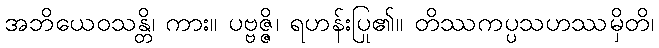
အဘိယေဝသန္တိ၊ ကား။ ပဗ္ဗဇ္ဇိ၊ ရဟန်းပြု၏။ တိဿကပ္ပသဟဿမှိတိ၊